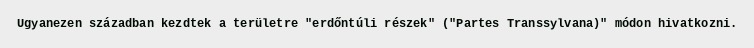
Ugyanezen században kezdtek a területre "erdőntúli részek" ("Partes Transsylvana)" módon hivatkozni.